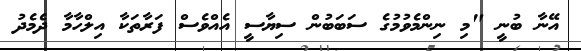
އޭނާ ބުނީ "މި ނިންމެވުމުގެ ސަބަބުން ސިޔާސީ އެއްވެސް ފަރާތަކާ އިލްހާމާ ދެމެދު